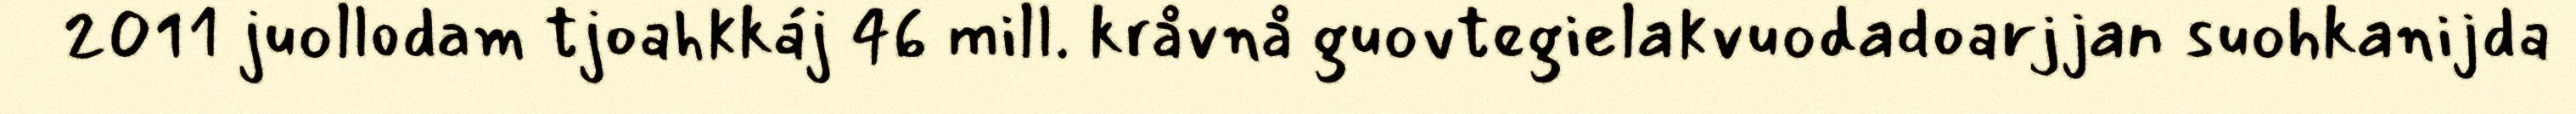
2011 juollodam tjoahkkáj 46 mill. kråvnå guovtegielakvuodadoarjjan suohkanijda